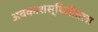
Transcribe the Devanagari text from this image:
अवकाशस्थितीतला